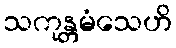
သကုန္တမံသေဟိ